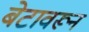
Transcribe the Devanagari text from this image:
बेटावरून